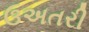
ઉઅતરી